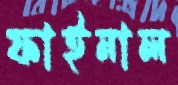
ফাইনাল